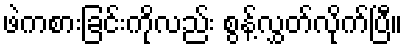
ဖဲကစားခြင်းကိုလည်း စွန့်လွှတ်လိုက်ပြီ။